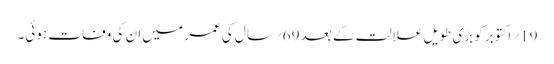
19؍ اکتوبر کو بڑی طویل علالت کے بعد 69؍سال کی عمر میں ان کی وفات ہوئی۔